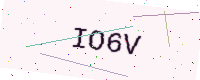
Text: IO6V